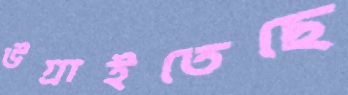
উগ্‌রাইতেছে